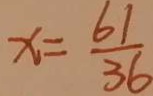
x = \frac { 6 1 } { 3 6 }